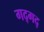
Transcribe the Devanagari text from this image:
गद्गद्